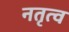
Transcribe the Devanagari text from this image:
नतृत्व